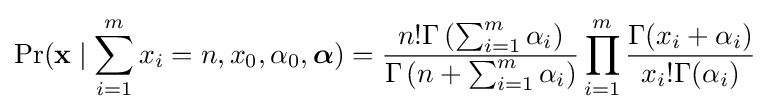
\Pr(\mathbf {x} \mid \sum _{i=1}^{m}x_{i}=n,x_{0},\alpha _{0},{\boldsymbol {\alpha }})={\frac {n!\Gamma \left(\sum _{i=1}^{m}\alpha _{i}\right)}{\Gamma \left(n+\sum _{i=1}^{m}\alpha _{i}\right)}}\prod _{i=1}^{m}{\frac {\Gamma (x_{i}+\alpha _{i})}{x_{i}!\Gamma (\alpha _{i})}}